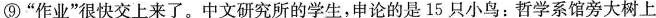
⑨”作业”很快交上来了。中文研究所的学生，申论的是15只小鸟：哲学系馆旁大树上